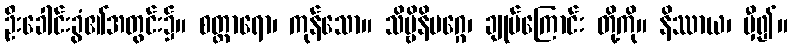
ဦးခေါင်းခွံ၏အတွင်း၌။ စတ္တာရော၊ ကုန်သော။ သိဗ္ဗိနိမဂ္ဂေ၊ ချုပ်ကြောင်း တို့ကို။ နိဿာယ၊ မှီ၍။